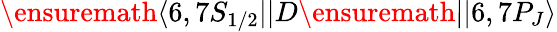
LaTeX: \ensuremath{\langle 6,7S_{1/2}||}D\ensuremath{||6,7P_{J}\rangle}